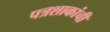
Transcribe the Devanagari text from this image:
पत्रशाकांची